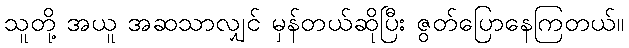
သူတို့ အယူ အဆသာလျှင် မှန်တယ်ဆိုပြီး ဇွတ်ပြောနေကြတယ်။